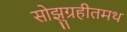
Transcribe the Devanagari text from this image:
सोझुग्रहीतमथ